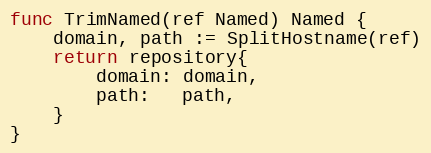
Language: Go
func TrimNamed(ref Named) Named {
	domain, path := SplitHostname(ref)
	return repository{
		domain: domain,
		path:   path,
	}
}